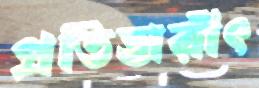
প্রতিহারীৎ